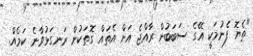
"ތެޔޮ ފެނުމަކީ އޭގެ ސަބަބުން ރާއްޖެ އަށް އެތައް ގޮތަކުން ރަނގަޅުވާނެ ކަމެއް.